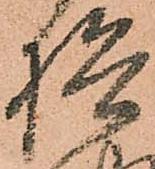
検